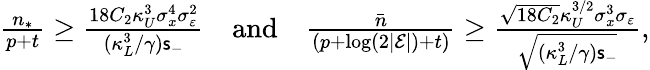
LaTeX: \begin{array}{r}{\frac{n_{*}}{p+t}\ge\frac{18C_{2}\kappa_{U}^{3}\sigma_{x}^{4}\sigma_{\varepsilon}^{2}}{(\kappa_{L}^{3}/\gamma)\mathsf{s}_{-}}~~~~\mathrm{and}~~~~\frac{\bar{n}}{(p+\log(2|\mathcal{E}|)+t)}\ge\frac{\sqrt{18C_{2}}\kappa_{U}^{3/2}\sigma_{x}^{3}\sigma_{\varepsilon}}{\sqrt{(\kappa_{L}^{3}/\gamma)\mathsf{s}_{-}}},}\end{array}